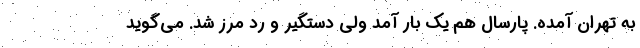
به تهران آمده. پارسال هم یک بار آمد ولی دستگیر و رد مرز شد. می‌گوید